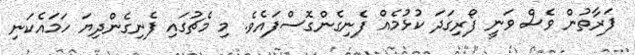
ފަރާތުން ވެސް ވަނީ ފޯރިގަދަ ކުޅުމެއް ފެނިގެންގޮސްފައެވެ. މި މެޗުގައި ފެނިގެންދިޔަ ހަމައެކަނި